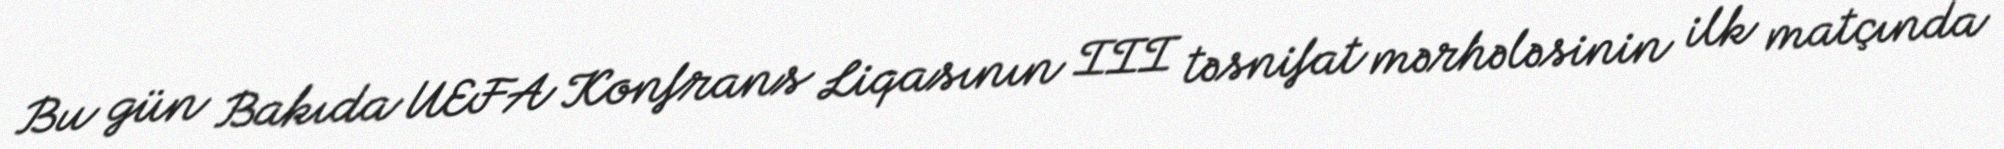
Bu gün Bakıda UEFA Konfrans Liqasının III təsnifat mərhələsinin ilk matçında